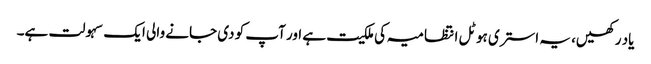
یاد رکھیں، یہ استری ہوٹل انتظامیہ کی ملکیت ہے اور آپ کو دی جانے والی ایک سہولت ہے۔